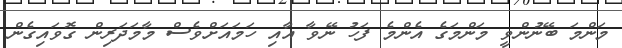
މަންމަ ބޭނުންވީ މަންމަގެ އެންމެ ފަހު ނޭވާ އާއި ހަމައަށްވެސް މާމަދަރިން ގޮވައިގެން